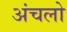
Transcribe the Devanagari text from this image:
अंचलो